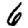
Digit: 6